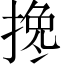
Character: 搀